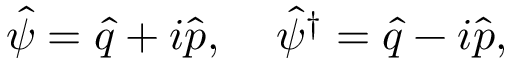
\hat { \psi } = \hat { q } + i \hat { p } , \; \; \; \; \hat { \psi } ^ { \dagger } = \hat { q } - i \hat { p } ,